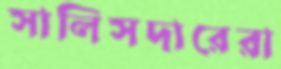
সালিসদারেরা